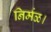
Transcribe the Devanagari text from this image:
निर्मळ।